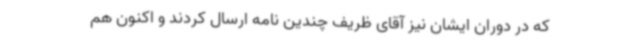
که در دوران ایشان نیز آقای ظریف چندین نامه ارسال کردند و اکنون هم